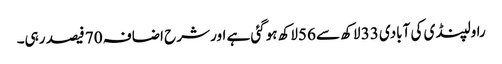
راولپنڈی کی آبادی 33 لاکھ سے 56لاکھ ہوگئی ہے اور شرح اضافہ 70 فیصد رہی۔